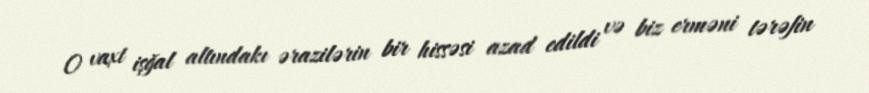
O vaxt işğal altındakı ərazilərin bir hissəsi azad edildi və biz erməni tərəfin